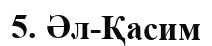
5. Әл-Қасим